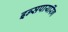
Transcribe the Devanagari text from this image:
इन्सपायरिंग